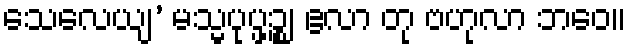
သေလေယျ’ မသ္မပုပ္ဖဉ္စ၊ ဧလာ တု ဗဟုလာ ဘဝေ။